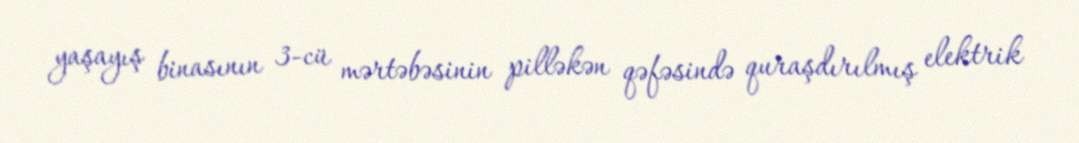
yaşayış binasının 3-cü mərtəbəsinin pilləkən qəfəsində quraşdırılmış elektrik